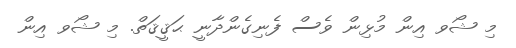
މި ޝޯވ އިން މުޅިން ވެސް ފެނިގެންދާނީ ޙަޤީޤަތް. މި ޝޯވ އިން